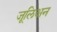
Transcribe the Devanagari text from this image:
जूलिअन